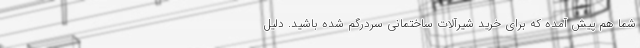
شما هم پیش آمده که برای خرید شیرآلات ساختمانی سردرگم شده باشید. دلیل